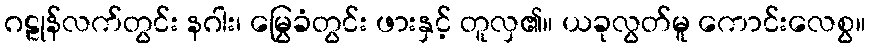
ဂဠုန်လက်တွင်း နဂါး၊ မြွေခံတွင်း ဖားနှင့် တူလှ၏။ ယခုလွတ်မူ ကောင်းလေစွ။